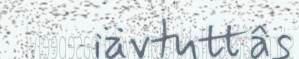
iävtuttâs